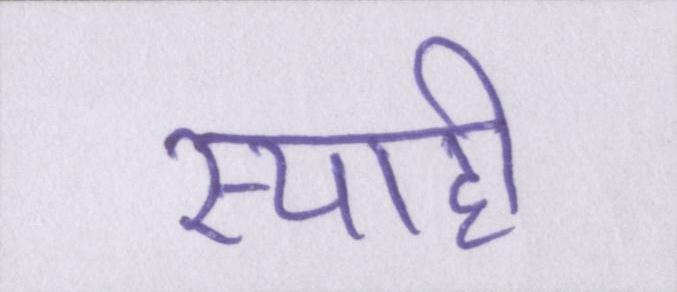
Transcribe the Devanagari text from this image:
स्याही